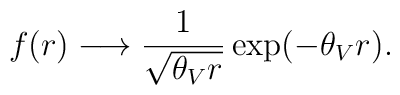
f(r)\longrightarrow\frac{1}{\sqrt{\theta_{V}r}}\exp(-\theta_{V} r).